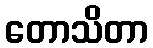
တောသိတာ